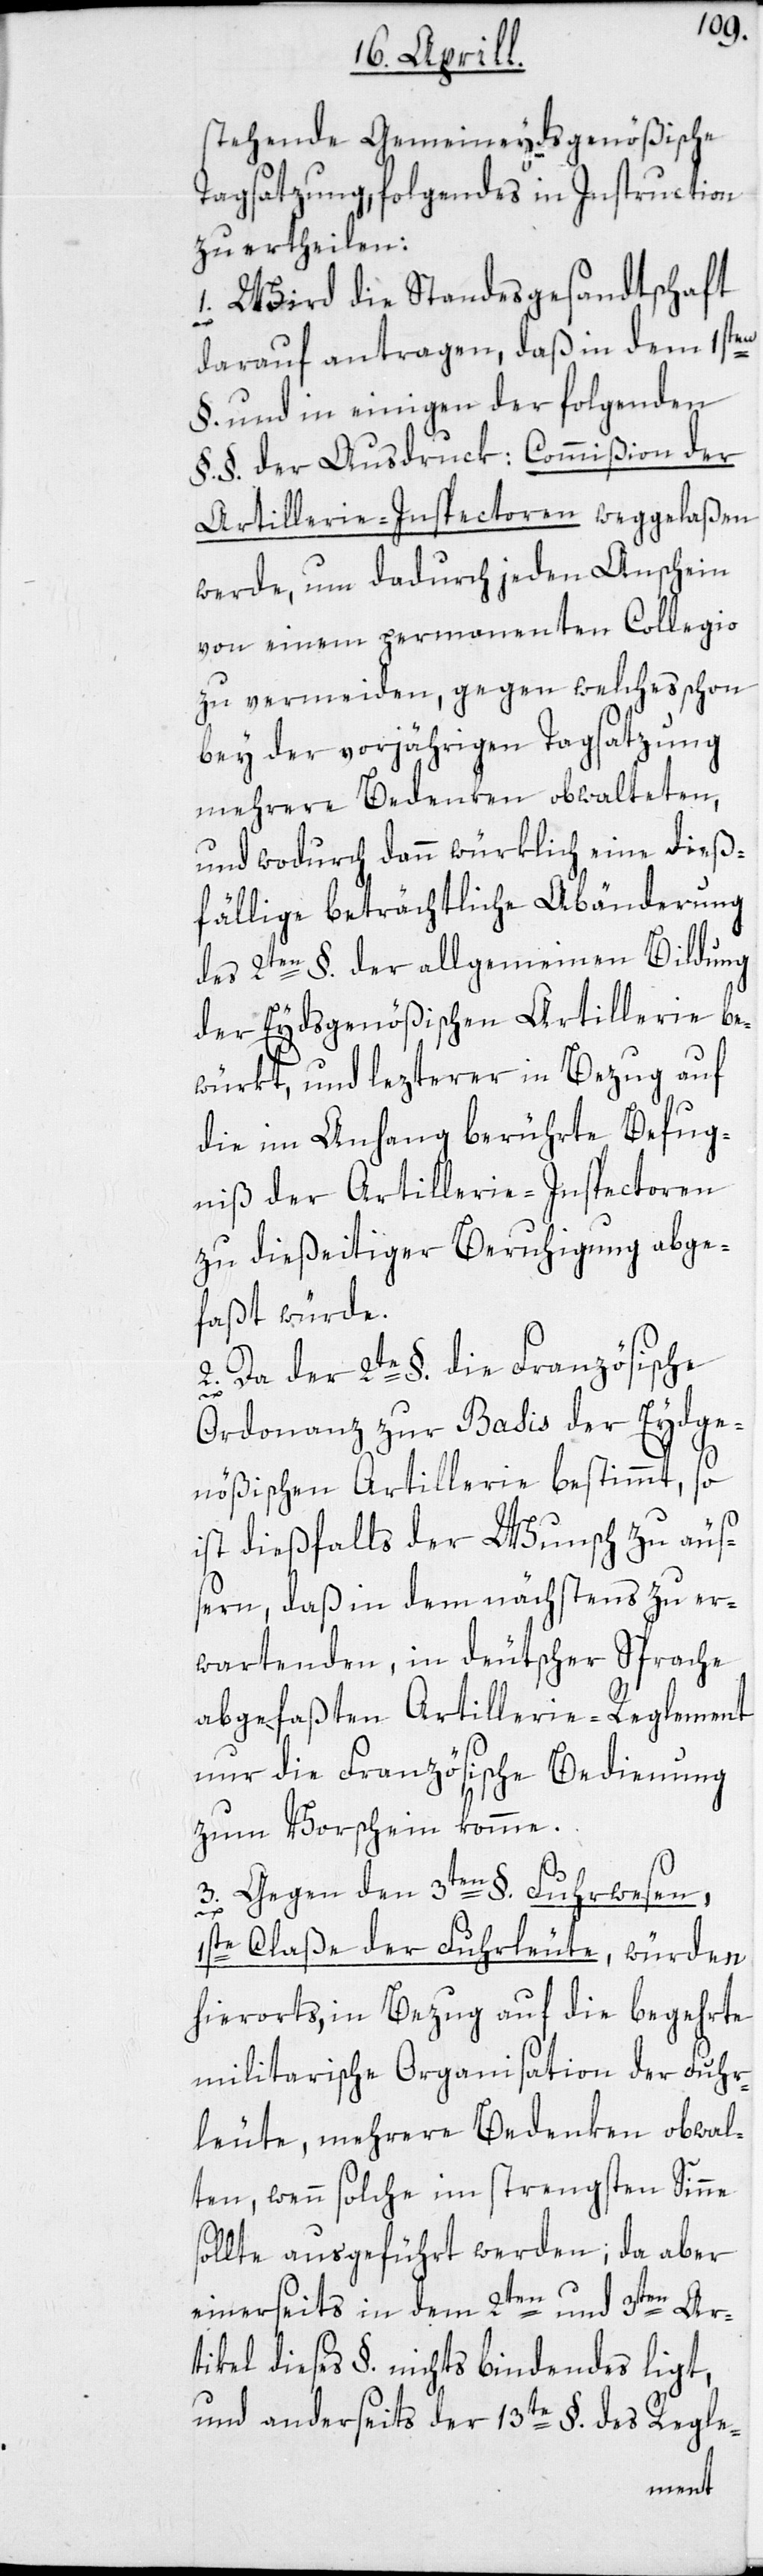
stehende Gemeineydsgenößische
Tagsatzung, folgendes in Instruction
zu ertheilen:
1. Wird die Standesgesandtschaft
1s¬
darauf antragen, daß in dem 1sten
§. und in einigen der folgenden
§.§. der Ausdruck: Commißion der
Artillerie-Inspectoren weggelaßen
werde, um dadurch jeden Anschein
von einem permanenten Collegio
zu vermeiden, gegen welches schon
bey der vorjährigen Tagsatzung
mehrere Bedenken obwalteten,
und wodurch dann würklich eine dieß¬
fällige beträchtliche Abänderung
des 2ten §. der allgemeinen Bildung
der Eydsgenößischen Artillerie be¬
würkt, und lezterer in Bezug auf
die im Anhang berührte Befug¬
niß der Artillerie-Inspectoren
zu dießseitiger Beruhigung abge¬
faßt würde.
2. Da der 2te §. die Französische
Ordonanz zur Basis der Eydge¬
nößischen Artillerie bestimmt, so
ist dießfalls der Wunsch zu äus¬
sern, daß in dem nächstens zu er¬
wartenden, in deutscher Sprache
abgefaßten Artillerie-Reglement
nur die Französische Bedienung
zum Vorschein komme.
3. Gegen den 3ten §. Fuhrwesen,
te Claße der Fuhrleute, würden
hierorts, in Bezug auf die begehrte
militarische Organisation der Fuhr¬
leute, mehrere Bedenken obwal¬
ten, wenn solche im strengsten Sinne
sollte ausgeführt werden; da aber
einerseits in dem 2ten und 3ten Ar¬
tikel dieses §. nichts bindendes ligt,
und anderseits der 13te §. des Regle-